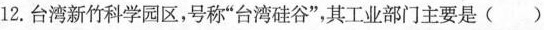
12.台湾新竹科学园区，号称”台湾硅谷”，其工业部门主要是()